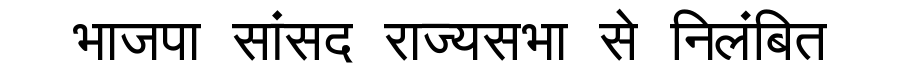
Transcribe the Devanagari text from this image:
भाजपा सांसद राज्यसभा से निलंबित